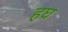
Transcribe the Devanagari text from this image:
हघ